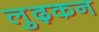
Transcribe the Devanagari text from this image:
लुढ़कन